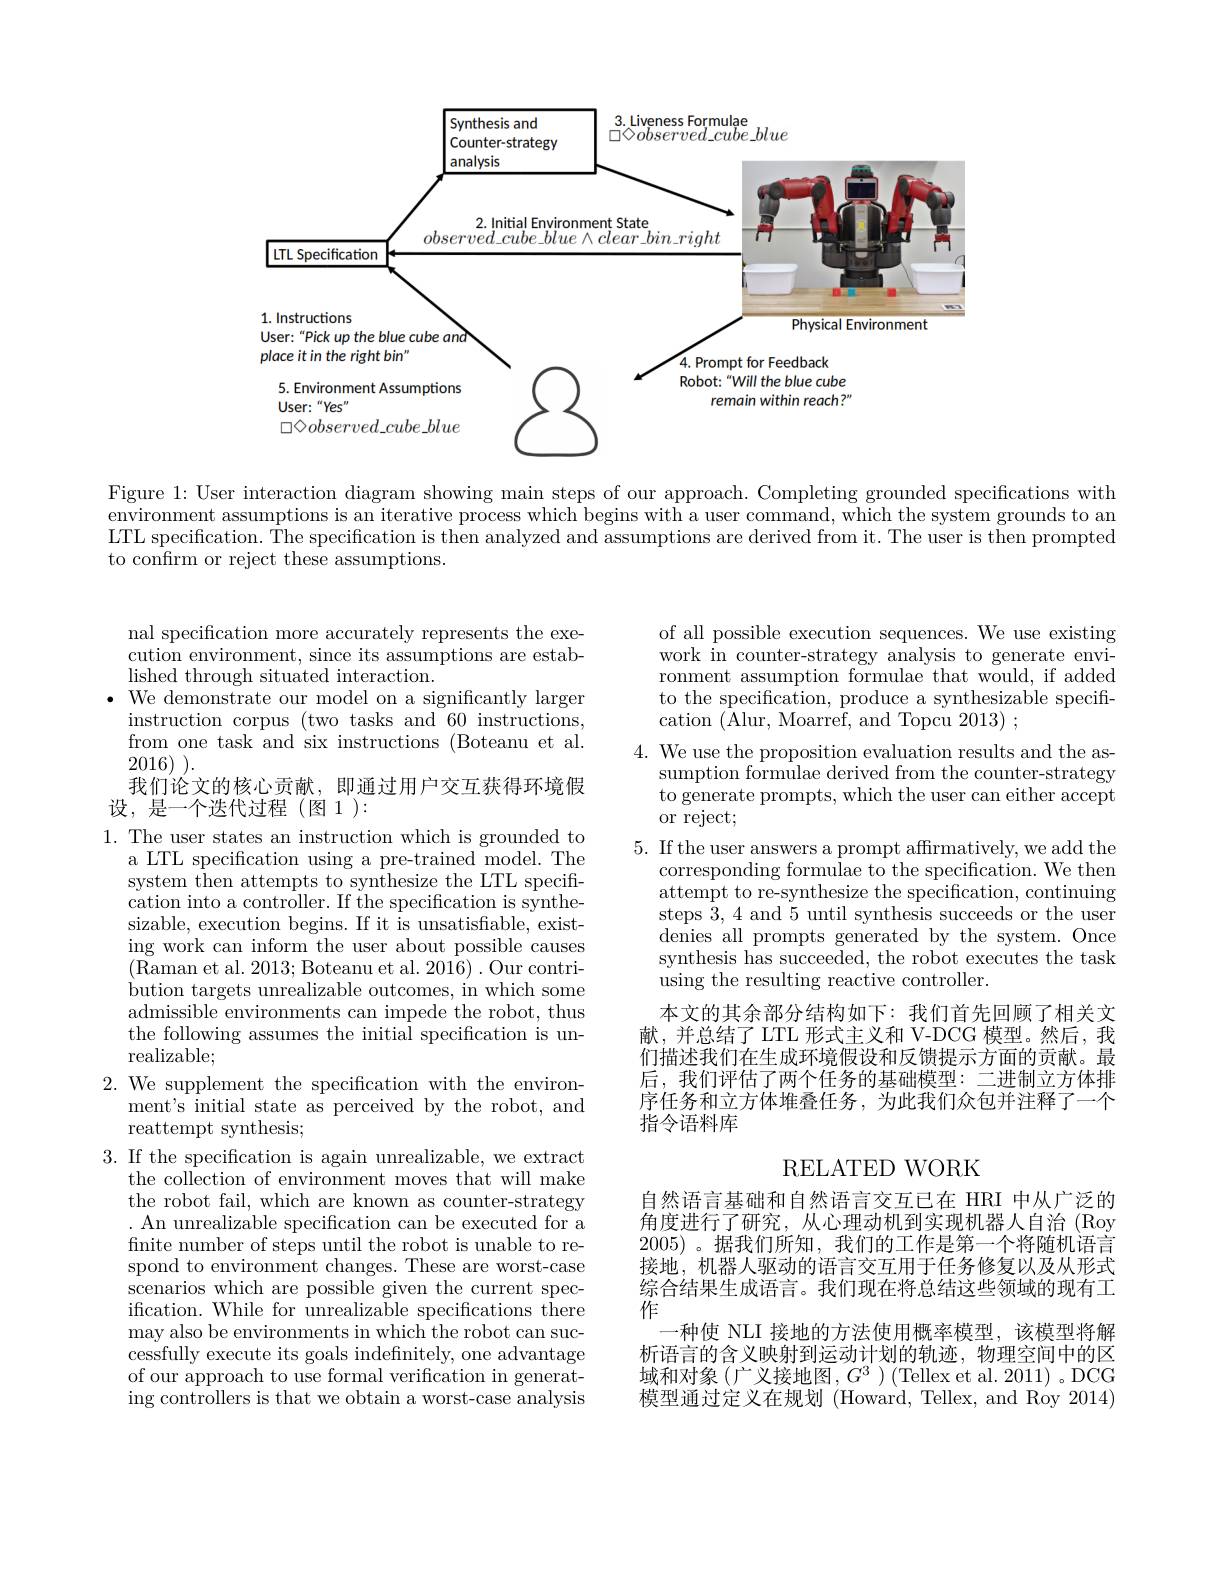
<FigureHere>

Figure 1: User interaction diagram showing main steps of our approach. Completing grounded specifications with environment assumptions is an iterative process which begins with a user command, which the system grounds to an LTL specification. $\tilde{The specification is then analyzed and assumptions are derived from it. The user is then prompted}$ to confirm or reject these assumptions.

nal specification more accurately represents the exe- $\bar{\text{cution environment, since its assumptions are estab-}}$ lished through situated interaction.
We demonstrate our model on a significantly larger instruction corpus (two tasks and 60 instructions. from one task and six instructions (Boteanu et al. 2016).
我们论文的核心贡献，即通过用户交互获得环境假
设，是一个迭代过程(图1):

of all possible execution sequences. We use existing work in counter-strategy analysis to generate environment assumption formulae that would, if added to the specification, produce a synthesizable specification (Alur, Moarref, and Topcu 2013) ;
4. We use the proposition evaluation results and the as-
sumption formulae derived from the counter-strategy to generate prompts, which the user can either accept or reject;
5. If the user answers a prompt affrmatively, we add the
corresponding formulae to the specification. We then attempt to re-synthesize the specification, continuing steps 3, 4 and 5 until synthesis succeeds or the user denies all prompts generated by the system. Once synthesis has succeeded, the robot executes the task using the resulting reactive controller.
本文的其余部分结构如下：我们首先回顾了相关文献，并总结了 LTL 形式主义和 V-DCG 模型。然后，我们描述我们在生成环境假设和反馈提示方面的贡献。最后，我们评估了两个任务的基础模型：二进制立方体排序任务和立方体堆叠任务，为此我们众包并注释了一个指令语料库

1. The user states an instruction which is grounded to
a LTL specification using a pre-trained model. The system then attempts to synthesize the LTL specification into a controller. If the specification is synthesizable, execution begins. If it is unsatisfiable, existing work can inform the user about possible causes (Raman et al. 2013; Boteanu et al. 2016). Our contribution targets unrealizable outcomes, in which some admissible environments can impede the robot, thus the following assumes the initial specification is unrealizable;

# 2. We supplement the specification with the environment's initial state as perceived by the robot, and reattempt synthesis;

## RELATED WORK

3. If the specification is again unrealizable, we extract
the collection of environment moves that will make the robot fail, which are known as counter-strategy . An unrealizable specification can be executed for a finite number of steps until the robot is unable to respond to environment changes. These are worst-case scenarios which are possible given the current specification. While for unrealizable specifications there may also be environments in which the robot can successfully execute its goals indefinitely, one advantage of our approach to use formal verification in generating controllers is that we obtain a worst-case analysis

自然语言基础和自然语言交互已在 HRI 中从广泛的角度进行了研究，从心理动机到实现机器人自治 (Roy 2005)。据我们所知，我们的工作是第一个将随机语言接地，机器人驱动的语言交互用于任务修复以及从形式综合结果生成语言。我们现在将总结这些领域的现有工作
一种使 NLI 接地的方法使用概率模型，该模型将解析语言的含义映射到运动计划的轨迹，物理空间中的区域和对象(广义接地图，$G^3)($Tellex et al. 2011)。DCG 模型通过定义在规划 (Howard, Tellex, and Roy 2014)